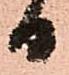
日